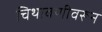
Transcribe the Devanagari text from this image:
चिथावणीवरून